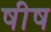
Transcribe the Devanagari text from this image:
षीष